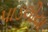
પાડલીયા